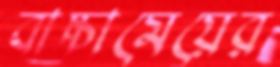
বাচ্চামেয়ের